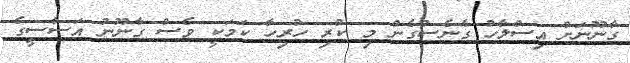
ގާނޫނަށް އިސްލާހު ގެނެސްގެން މި ކުރި ހުރިހާ ކަމަކީ ވެސް ގާނޫނު އަސާސީގެ